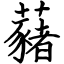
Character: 藸